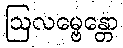
ဩလမ္ဗေန္တော